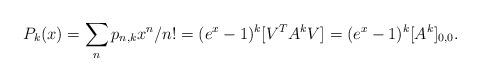
LaTeX: \begin{align*}P_{k}(x) = \sum_n p_{n,k} x^n/n! = (e^x-1)^k [V^T A^kV] = (e^x - 1)^k [A^k]_{0,0}.\end{align*}